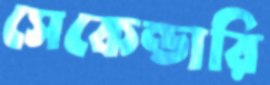
সেকেন্ডারি